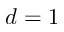
d = 1